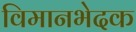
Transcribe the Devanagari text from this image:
विमानभेदक